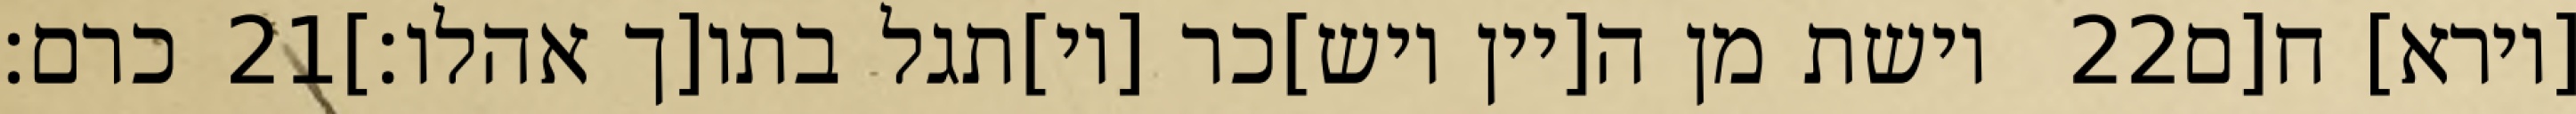
כרם׃ ‎21‏ וישת מן ה[יין ויש]כר [וי]תגל בתו[ך אהלו׃] ‎22‏ [וירא] ח[ם